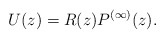
\begin{align*}U(z)=R(z)P^{(\infty)}(z).\end{align*}